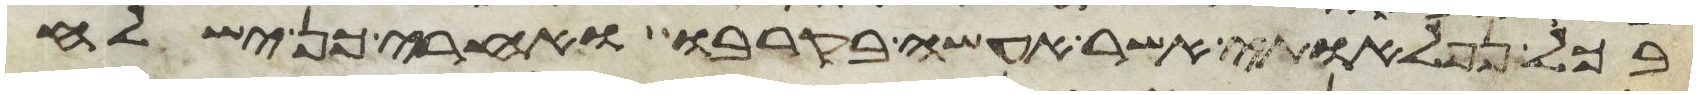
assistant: בכל נפלאותי אשר אעשה בקרבו ואחרי כן ישלח